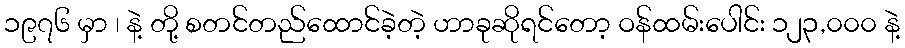
၁၉၇၆ မှာ ၊ နဲ့ တို့ စတင်တည်ထောင်ခဲ့တဲ့ ဟာခုဆိုရင်တော့ ဝန်ထမ်းပေါင်း ၁၂၃,၀၀၀ နဲ့